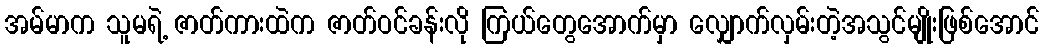
အမ်မာက သူမရဲ့ ဇာတ်ကားထဲက ဇာတ်ဝင်ခန်းလို ကြယ်တွေအောက်မှာ လျှောက်လှမ်းတဲ့အသွင်မျိုးဖြစ်အောင်